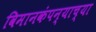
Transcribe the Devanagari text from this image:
विमानकंपन्याच्या